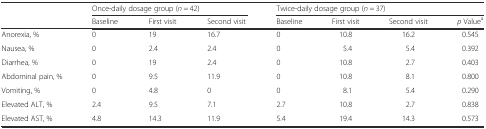
<table><thead><tr><td rowspan="2"></td><td colspan="3"><b>Once-daily dosage group (<i>n</i> = 42)</b></td><td colspan="4"><b>Twice-daily dosage group (<i>n</i> = 37)</b></td></tr><tr><td><b>Baseline</b></td><td><b>First visit</b></td><td><b>Second visit</b></td><td><b>Baseline</b></td><td><b>First visit</b></td><td><b>Second visit</b></td><td><b><i>p</i> Value<sup>a</sup></b></td></tr></thead><tbody><tr><td>Anorexia, %</td><td>0</td><td>19</td><td>16.7</td><td>0</td><td>10.8</td><td>16.2</td><td>0.545</td></tr><tr><td>Nausea, %</td><td>0</td><td>2.4</td><td>2.4</td><td>0</td><td>5.4</td><td>5.4</td><td>0.392</td></tr><tr><td>Diarrhea, %</td><td>0</td><td>19</td><td>2.4</td><td>0</td><td>10.8</td><td>2.7</td><td>0.403</td></tr><tr><td>Abdominal pain, %</td><td>0</td><td>9.5</td><td>11.9</td><td>0</td><td>10.8</td><td>8.1</td><td>0.800</td></tr><tr><td>Vomiting, %</td><td>0</td><td>4.8</td><td>0</td><td>0</td><td>8.1</td><td>5.4</td><td>0.290</td></tr><tr><td>Elevated ALT, %</td><td>2.4</td><td>9.5</td><td>7.1</td><td>2.7</td><td>10.8</td><td>2.7</td><td>0.838</td></tr><tr><td>Elevated AST, %</td><td>4.8</td><td>14.3</td><td>11.9</td><td>5.4</td><td>19.4</td><td>14.3</td><td>0.573</td></tr></tbody></table>